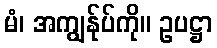
မံ၊ အကျွန်ုပ်ကို။ ဥပဋ္ဌာ